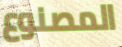
المصنوع